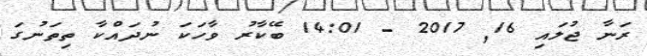
ރަނާ ޖުލައި 16